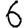
Digit: 6